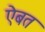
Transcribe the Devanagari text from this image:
ऐबत